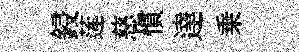
鋟莲慈慣達乗